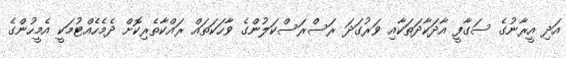
އަދި އީރާނުގެ ސަގާފީ އާދަކާދަތަކާއި ވަރުގަދަ ރަސްރަސްކަލުންގެ ވާހަކަތައް ރައްކާތެރިކޮށް ދެމެހެއްޓުމަކީ އެމީހުންގެ